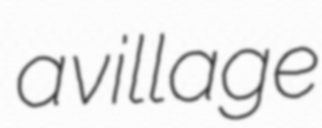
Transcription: a village